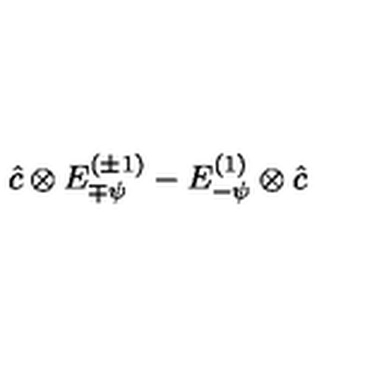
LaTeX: \hat { c } \otimes E _ { \mp \psi } ^ { ( \pm 1 ) } - E _ { - \psi } ^ { ( 1 ) } \otimes \hat { c }